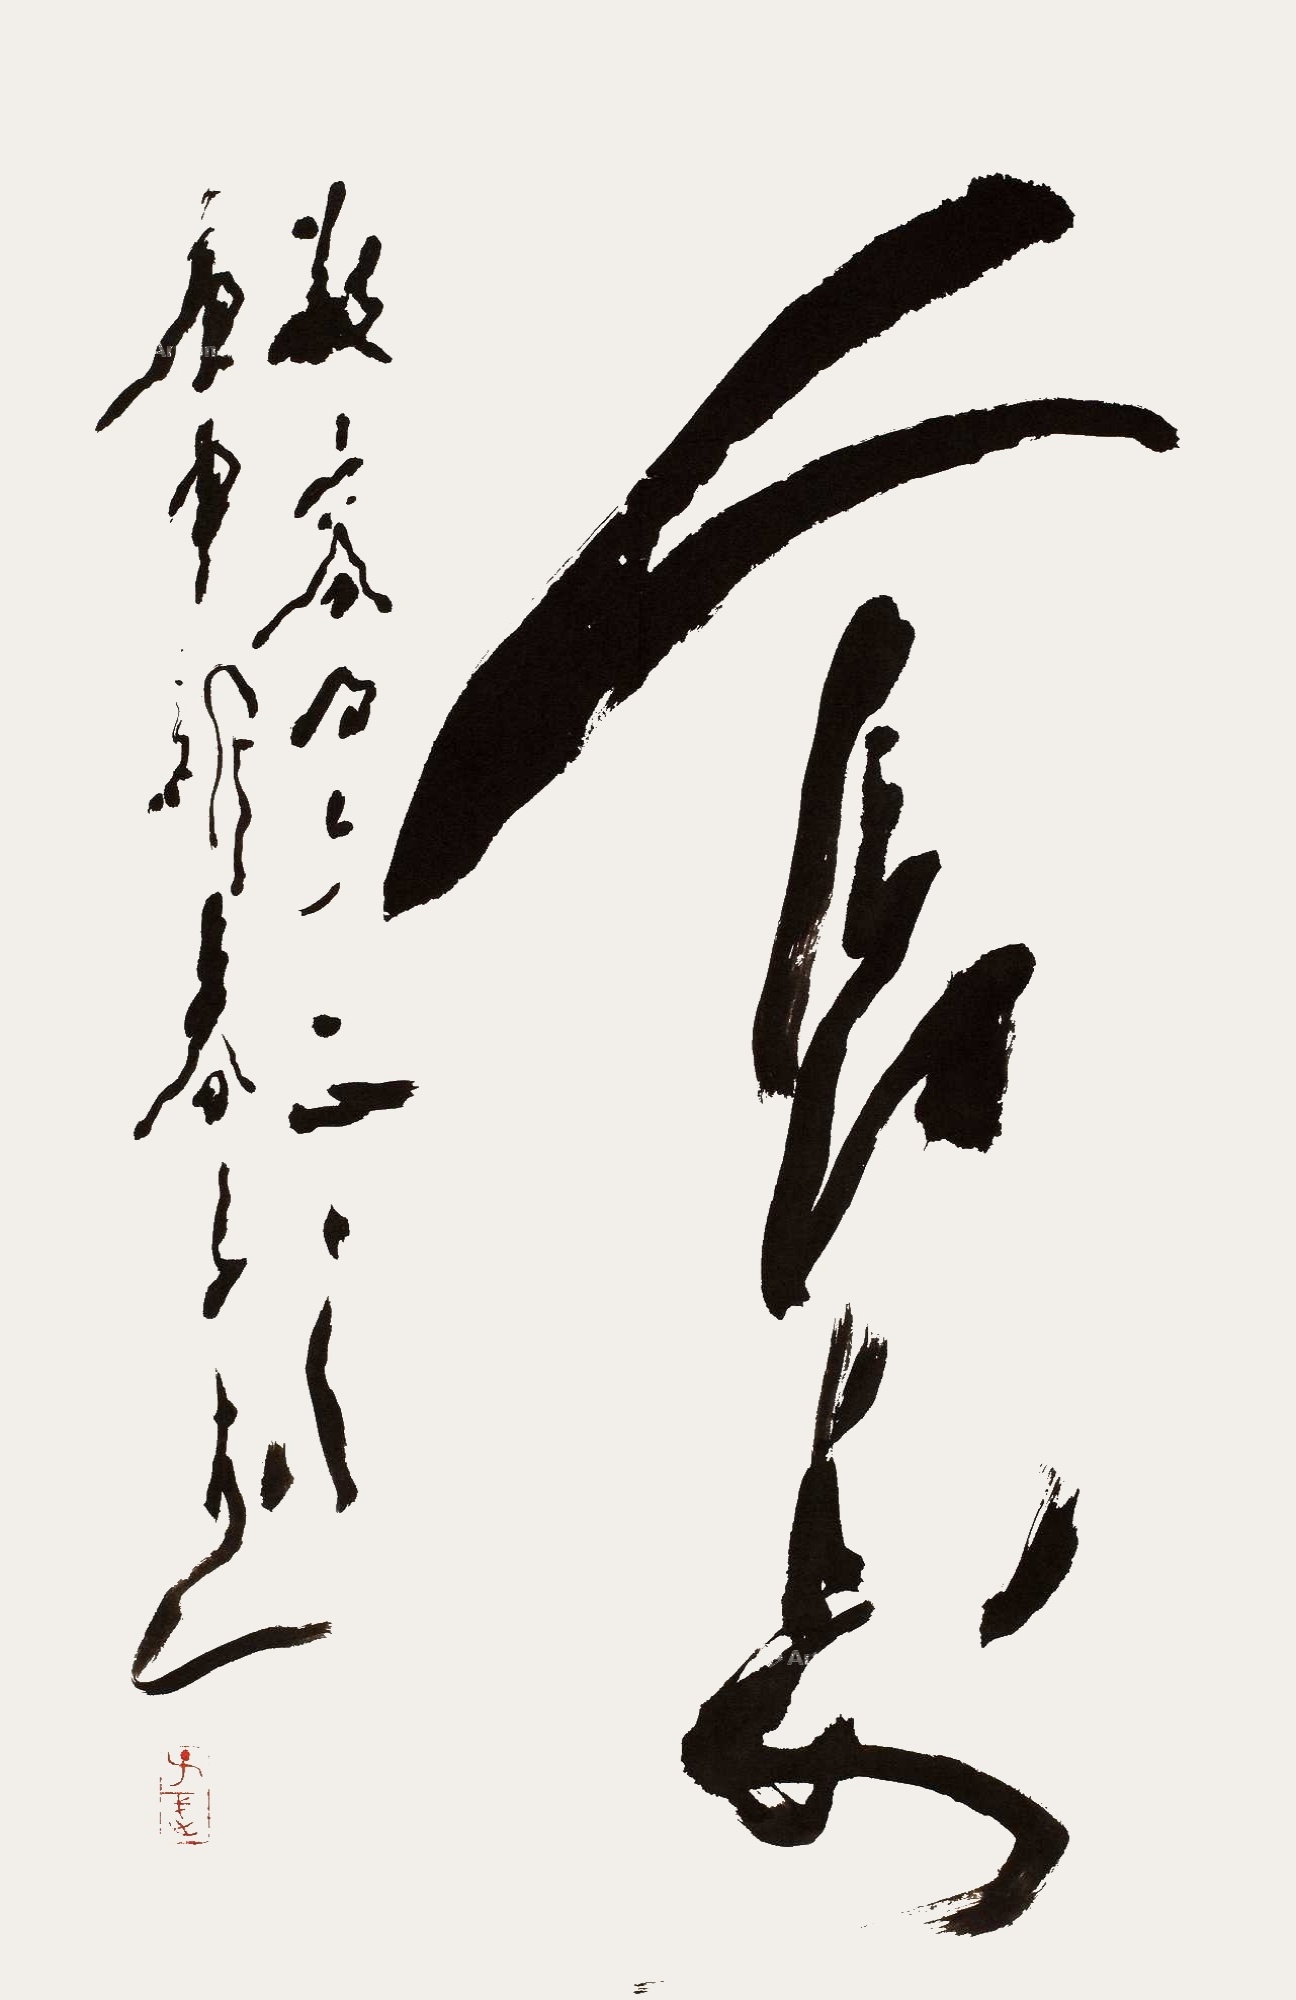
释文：人长寿，敬容同志正之，庚申新春，子武。